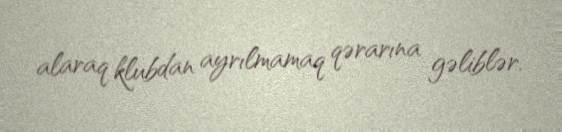
alaraq klubdan ayrılmamaq qərarına gəliblər.